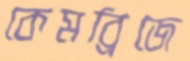
কেমব্রিজে